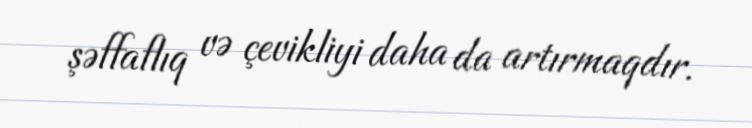
şəffaflıq və çevikliyi daha da artırmaqdır.